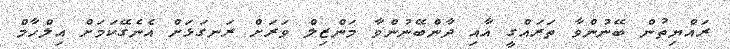
ރައްޔިތުން ބޭނުންވާ ތަރައްގީ އާއި ދާންބޭނުންވާ މަންޒިލް ވަރަށް ރަނގަޅަށް އެނެގޭކަމަށް އިލްހާމް